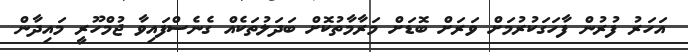
އަހަރު ފުރުން ފާހަގަކުރުމަށް ވަރަށް ބޮޑަށް މަރާމާތުކޮށް ބަދަލުތަކެއް ގެނެސްފައިވާ ޖުމްހޫރީ މައިދާން